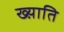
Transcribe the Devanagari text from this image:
ख्य़ाति